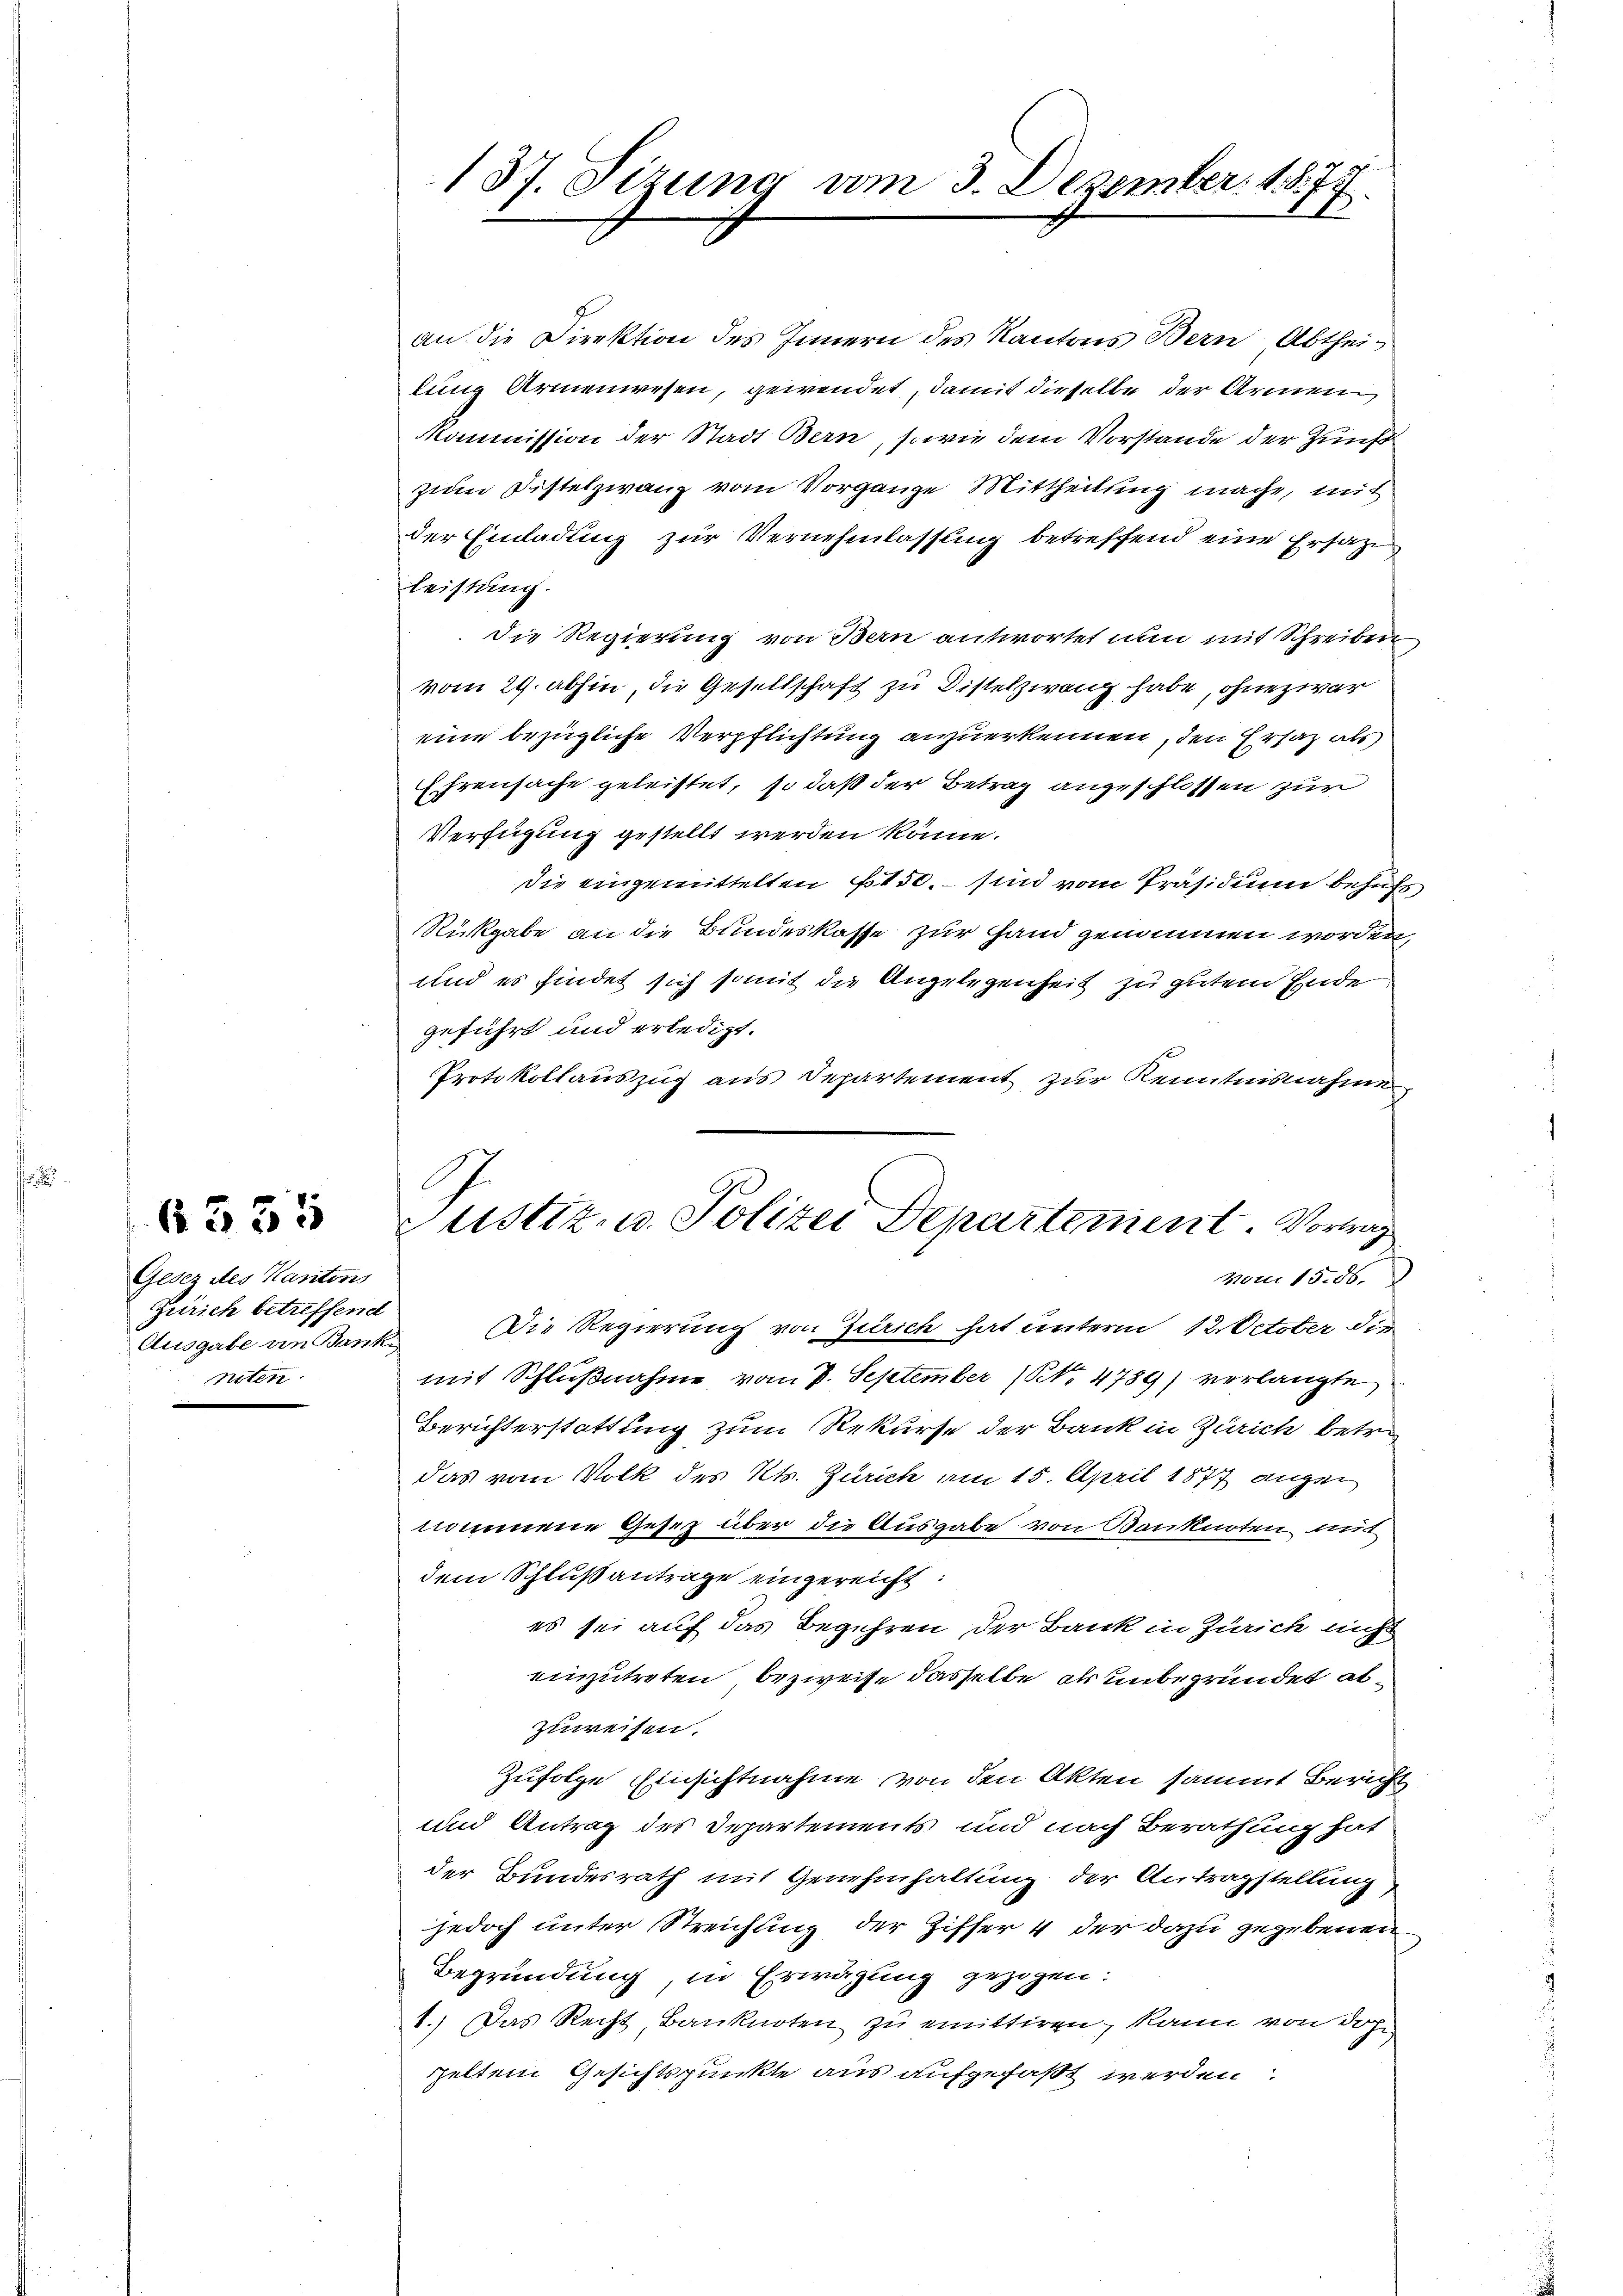
6335

Gesez des Kantons
Zürich betreffend
Ausgabe an Bank

137. Sizung vom 3. Dezember. 1877

an die Direktion des Innern des Kantons Bern, Abtheilung Armenwesen, gewendet, damit dieselbe der Armen
Kommission der Stadt Bern, sowie dem Vorstande der Zunft
zum Distelzwang vom Vorgange Mittheilung mache, mit
der Einladung zur Vernehmlassung betreffend eine Ersatze
leistung.
Die Regierung von Bern antwortet nun mit Schreiben
vom 29. abhin, die Gesellschaft zu Distelzwang habe, ohne zwar
eine bezügliche Verpflichtung anzuerkennen, den Ersatz als
Ehrensache geleistet, so daß der Betrag angeschlossen zur
Verfügung gestellt werden könne.
Die eingemittelten 150. – sind vom Präsidium behufe
Rückgabe an die Bundeskasse zur Hand genommen worden,
und es findet sich somit die Angelegenheit zu gutem Ende
geführt und erledigt.
Protokollauszug aus Departement zur Kenntnisnahme
Die Regierung von Zürich hat unterm 12. October die
mit Schlußnahme vom 7. September (NNo. 4789) verlangte
Berichterstattung zum Rekurse der Bank in Zürich betr.
das vom Volk des Kts. Zürich am 15. April 1877 augen
nommene Gesetz über die Ausgabe von Banknoten mit
dem Schlußantrage eingereicht:
es sei auf das Begehren der Bank in Zürich nicht
einzutreten bezweife dasselbe als unbegründet abzuweisen.
Zufolge Einsichtnahme von den Akten sammt Bericht
und Antrag des Departements und nach Berathung hat
der Bundesrath mit Genehmhaltung der Antragstellung
jedoch unter Streichung der Ziffer 4 der dazu gegebenen
Begründung in Erwägung gezogen:
1.) Das Recht Banknoten zu emittiren, kann von dop
peltem Gesichtspunkte aus aufgefaßt werden

Justiz- u. Polizei Departement. Vortrag
vom 15. 56.